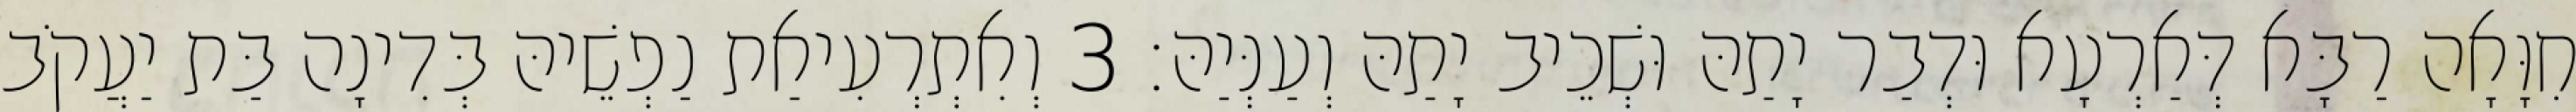
חִוָּאָה רַבָּא דְּאַרְעָא וּדְבַר יָתַהּ וּשְׁכֵיב יָתַהּ וְעַנְּיַהּ׃ 3 וְאִתְרְעִיאַת נַפְשֵׁיהּ בְּדִינָה בַּת יַעֲקֹב